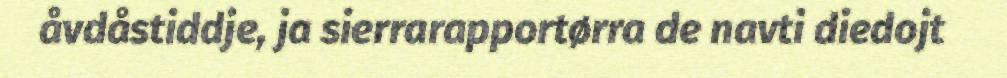
åvdåstiddje, ja sierrarapportørra de navti diedojt